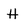
Character: H